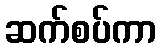
ဆက်စပ်ကာ